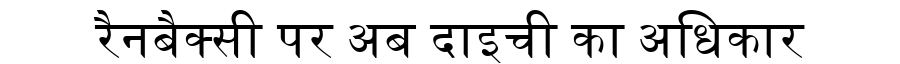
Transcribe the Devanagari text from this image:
रैनबैक्सी पर अब दाइची का अधिकार